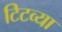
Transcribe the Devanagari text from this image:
टिटव्या